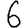
Digit: 6